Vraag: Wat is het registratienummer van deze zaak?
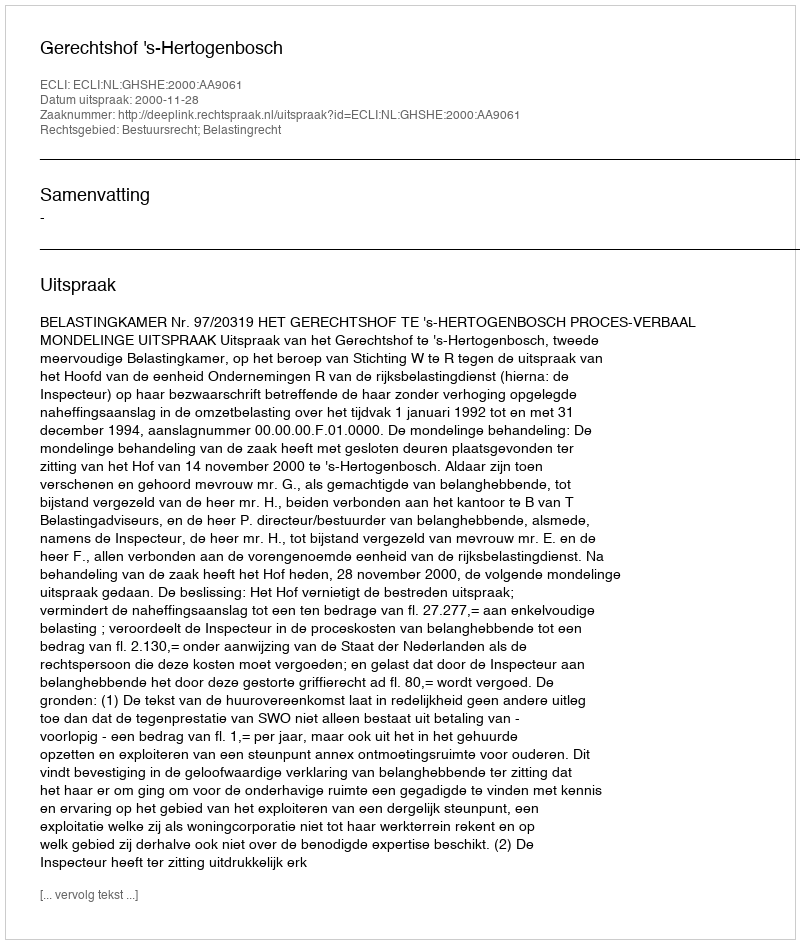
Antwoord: http://deeplink.rechtspraak.nl/uitspraak?id=ECLI:NL:GHSHE:2000:AA9061